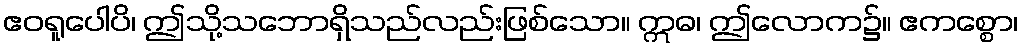
ဧဝရူပေါပိ၊ ဤသို့သဘောရှိသည်လည်းဖြစ်သော။ ဣဓ၊ ဤလောက၌။ ဧကစ္စော၊